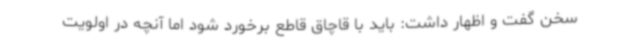
سخن گفت و اظهار داشت: باید با قاچاق قاطع برخورد شود اما آنچه در اولویت